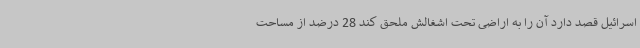
اسرائیل قصد دارد آن را به اراضی تحت اشغالش ملحق کند 28 درضد از مساحت